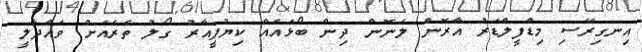
އިނގިރޭސި މިޑްފީލްޑަރު އާރޮން ލެނޮން ދިން ބޯޅައެއް ކިޔުޕީއާރު ގޯލު ތެރެއަށް ވައްދާލީ